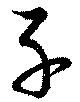
子